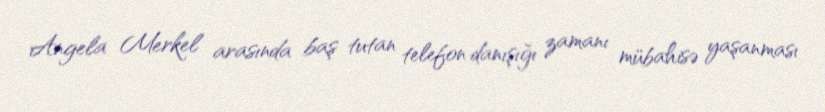
Angela Merkel arasında baş tutan telefon danışığı zamanı mübahisə yaşanması